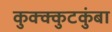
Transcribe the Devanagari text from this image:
कुक्क्कुटकुंबा